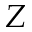
Z